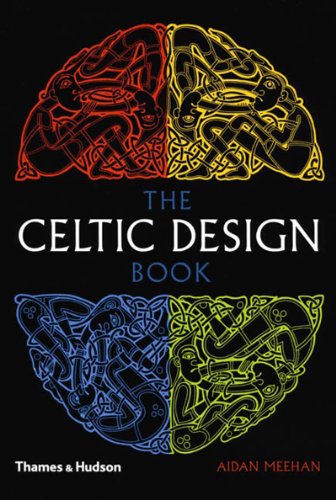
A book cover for The Celtic Design Book (Celtic Design); Aidan Meehan; Arts & Photography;